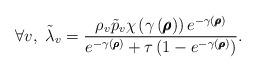
LaTeX: \begin{align*}\forall v, \ \tilde{\lambda}_v = \frac{ \rho_v \tilde{p}_v \chi\left( \gamma \left( \pmb{\rho}\right) \right)e^{- \gamma \left( \pmb{\rho}\right)} }{e^{- \gamma\left( \pmb{\rho}\right)} + \tau\left( 1 - e^{- \gamma\left( \pmb{\rho} \right)} \right) }.\end{align*}